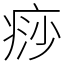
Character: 痧